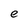
Character: e